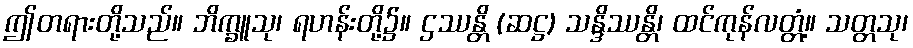
ဤတရားတို့သည်။ ဘိက္ခူသု၊ ရဟန်းတို့၌။ ဌဿန္တိ (ဆဋ္ဌ) သန္ဒိဿန္တိ၊ ထင်ကုန်လတ္တံ့။ သတ္တသု၊